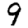
Digit: 9